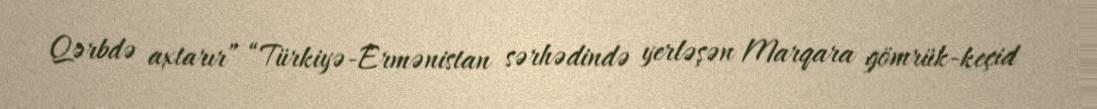
Qərbdə axtarır” “Türkiyə-Ermənistan sərhədində yerləşən Marqara gömrük-keçid